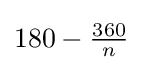
180-{\tfrac {360}{n}}